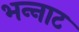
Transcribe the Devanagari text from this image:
भन्‍नाट